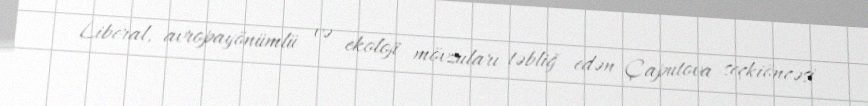
Liberal, avropayönümlü və ekoloji mövzuları təbliğ edən Çaputova seçkiöncəsi